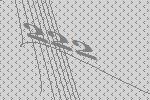
222